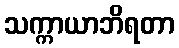
သက္ကာယာဘိရတာ